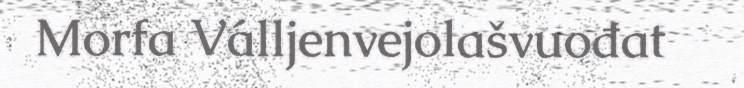
Morfa Válljenvejolašvuođat